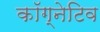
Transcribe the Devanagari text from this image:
कॉग्नेटिव